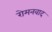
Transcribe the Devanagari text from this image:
रोमनवाद